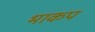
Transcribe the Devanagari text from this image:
भाकप